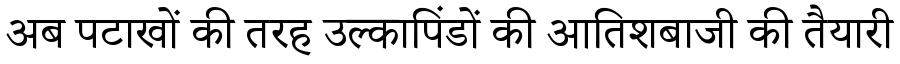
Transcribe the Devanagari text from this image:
अब पटाखों की तरह उल्कापिंडों की आतिशबाजी की तैयारी